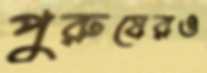
পুরুষেরও